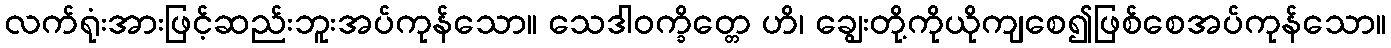
လက်ရုံးအားဖြင့်ဆည်းဘူးအပ်ကုန်သော။ သေဒါဝက္ခိတ္တေ ဟိ၊ ချွေးတို့ကိုယိုကျစေ၍ဖြစ်စေအပ်ကုန်သော။